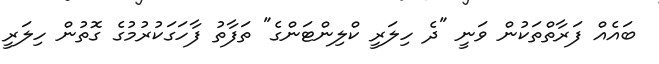
ބައެއް ފަރާތްތަކުން ވަނީ "ދެ ހިލަރީ ކްލިންޓަންގެ" ތަފާތު ފާހަގަކުރުމުގެ ގޮތުން ހިލަރީ